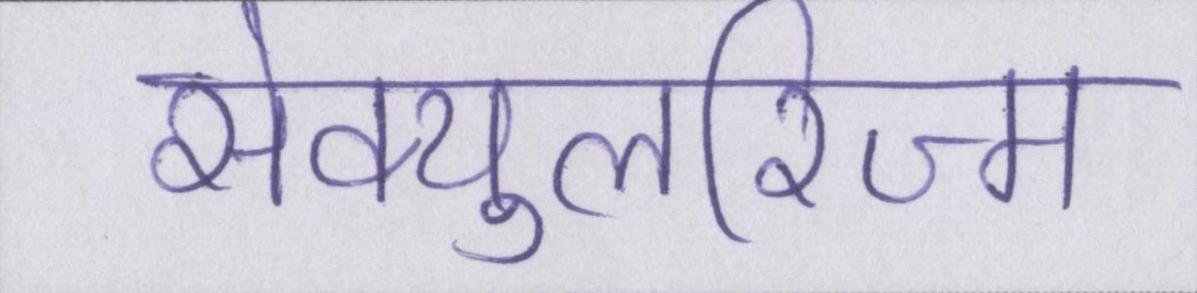
सेक्युलरिज्म